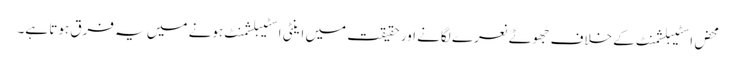
محض اسٹیبلشمنٹ کے خلاف جھوٹے نعرے لگانے اور حقیقت میں اینٹی اسٹیبلشمنٹ ہونے میں یہ فرق ہوتا ہے۔